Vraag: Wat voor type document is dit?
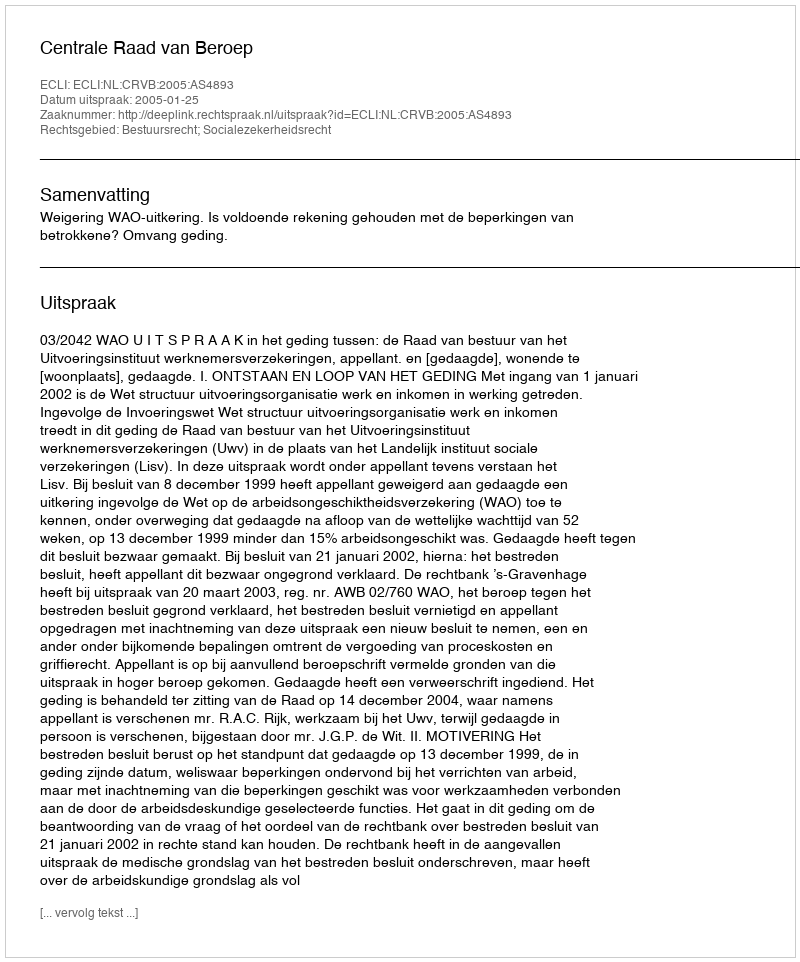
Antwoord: Uitspraak